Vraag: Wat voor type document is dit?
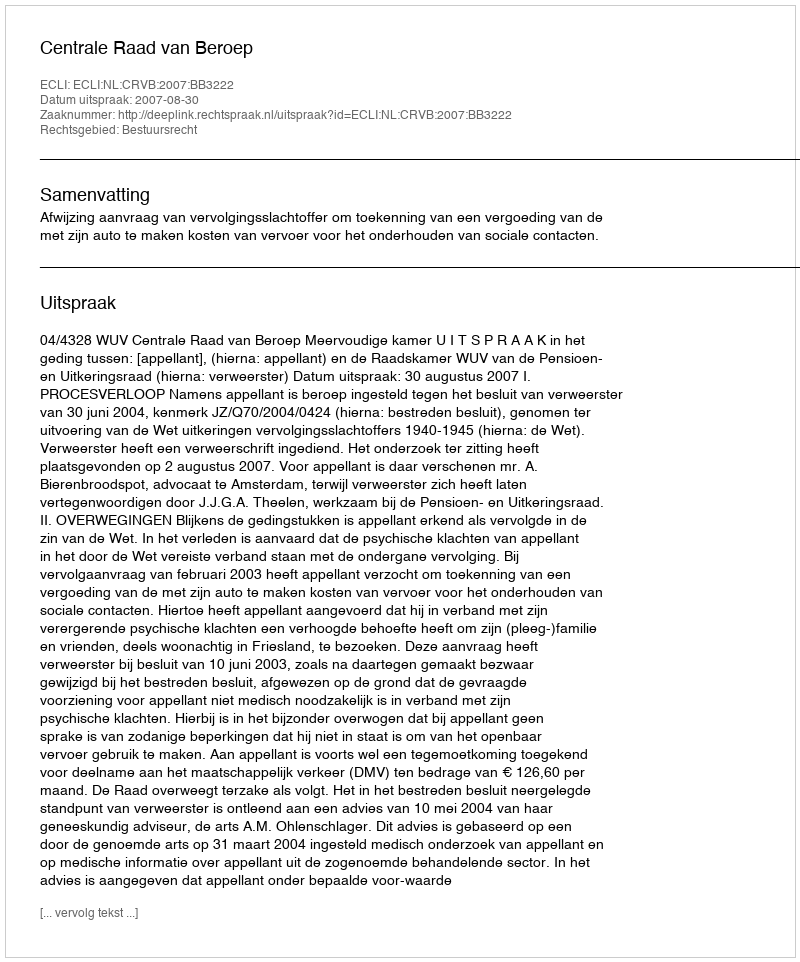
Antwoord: Uitspraak